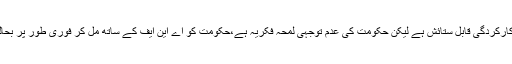
صرف چار ہزار کی نفری پر مشتمل اے این ایف کی کارکردگی قابل ستائش ہے لیکن حکومت کی عدم توجہی لمحہ فکریہ ہے،حکومت کو اے این ایف کے ساتھ مل کر فوری طور پر بحالی مراکز صحت کو پاکستان بھر میں قائم کرنا چاہیے۔